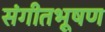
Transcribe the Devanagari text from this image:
संगीतभूषण